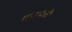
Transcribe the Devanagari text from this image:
गणपती।